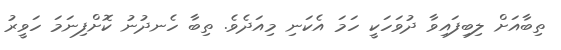
ތިބާއަށް ލިބިފައިވާ ދުވަހަކީ ހަމަ އެކަނި މިއަދެވެ. ތިބާ ހެނދުނު ކޮށްފިނަމަ ހަވީރު